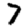
Digit: 7